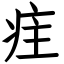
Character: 疰